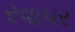
રવાપર